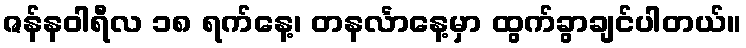
ဇန်နဝါရီလ ၁၈ ရက်နေ့၊ တနင်္လာနေ့မှာ ထွက်ခွာချင်ပါတယ်။